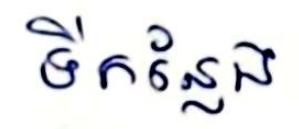
ទីកន្លែង